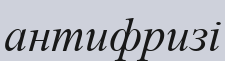
антифризі